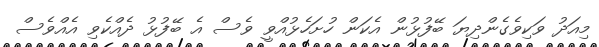
މިއަދު ވަކިވެގެންދިޔަ ބޭފުޅުން އެކަން ހުށަހެޅުއްވީ ވެސް އެ ބޭފުޅު ދެއްކެވި އެއްވެސް